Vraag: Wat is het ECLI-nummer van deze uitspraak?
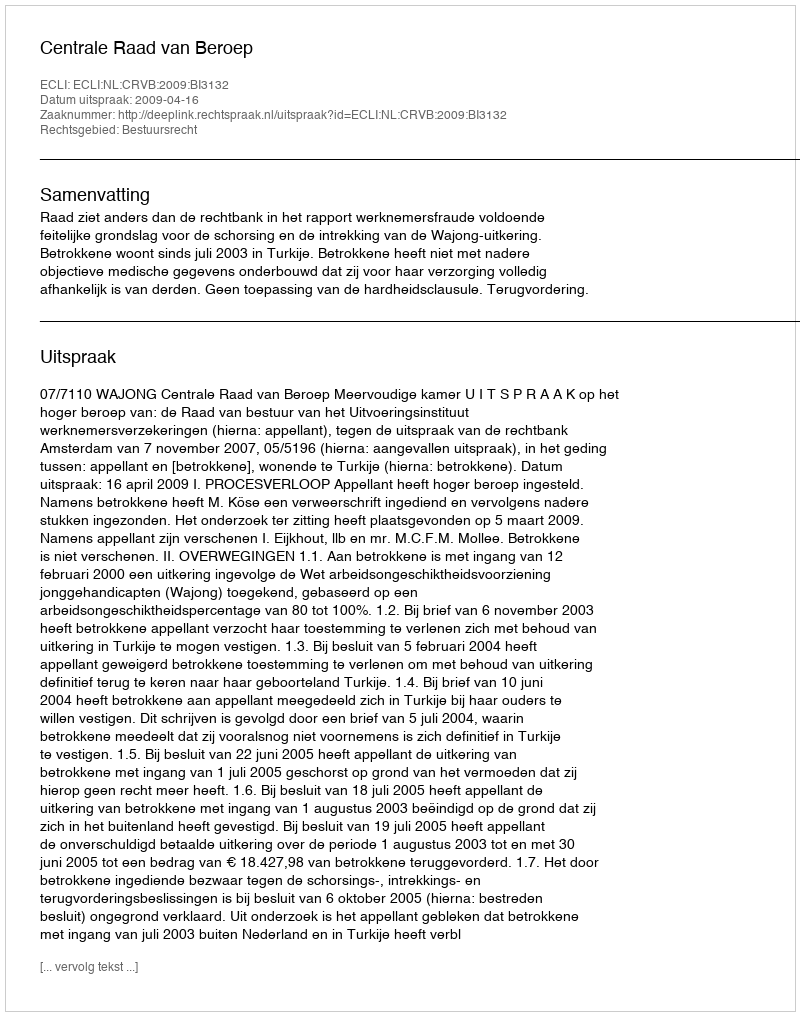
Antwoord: ECLI:NL:CRVB:2009:BI3132